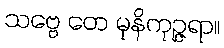
သဗ္ဗေ တေ မုနိကုဉ္ဇရာ။